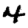
Digit: 4